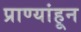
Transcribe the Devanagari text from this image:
प्राण्यांहून